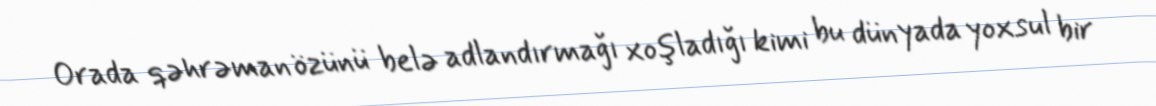
Orada qəhrəman özünü belə adlandırmağı xoşladığı kimi bu dünyada yoxsul bir